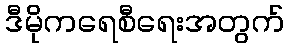
ဒီမိုကရေစီရေးအတွက်